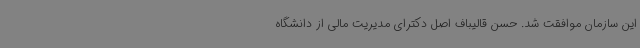
این سازمان موافقت شد. حسن قالیباف اصل دکترای مدیریت مالی از دانشگاه